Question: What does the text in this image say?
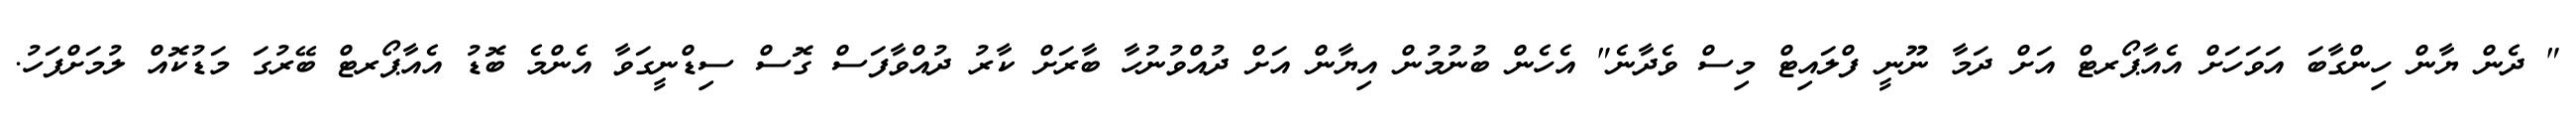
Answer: " ދެން ޔާން ހިންގާބަ އަވަހަށް އެއާޕޯރޓް އަށް ދަމާ ނޫނީ ފްލައިޓް މިސް ވެދާނެ" އެހެން ބުނުމުން އިޔާން އަށް ދުއްވުނުހާ ބާރަށް ކާރު ދުއްވާފަސް ގޮސް ސިޑްނީގަވާ އެންމެ ބޮޑު އެއާޕޯރޓް ބޭރުގަ މަޑުކޮއް ލުމަށްފަހު.